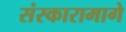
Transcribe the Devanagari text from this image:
संस्कारामागे